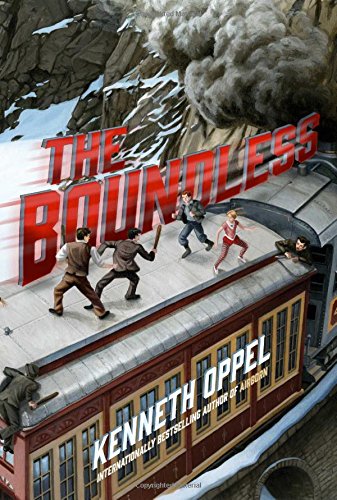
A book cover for The Boundless; Kenneth Oppel; Children's Books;